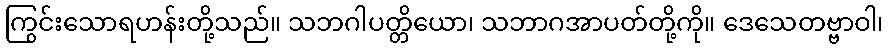
ကြွင်းသောရဟန်းတို့သည်။ သဘဂါပတ္တိယော၊ သဘာဂအာပတ်တို့ကို။ ဒေသေတဗ္ဗာဝါ၊